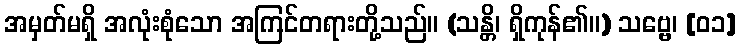
အမှတ်မရှိ အလုံးစုံသော အကြင်တရားတို့သည်။ (သန္တိ၊ ရှိကုန်၏။) သဗ္ဗေ၊ [၀၁]